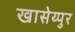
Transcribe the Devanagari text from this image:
खासेय्पुर